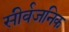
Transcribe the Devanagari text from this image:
सीर्वजनिक